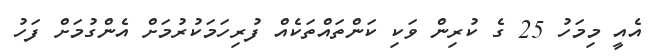
އެއީ މިމަހު 25 ގެ ކުރިން ވަކި ކަންތައްތަކެއް ފުރިހަމަކުރުމަށް އެންގުމަށް ފަހު